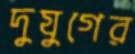
দুযুগের